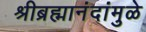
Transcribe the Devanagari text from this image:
श्रीब्रह्मानंदांमुळे